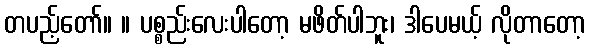
တပည့်တော်။ ။ ပစ္စည်းလေးပါတော့ မဖိတ်ပါဘူး၊ ဒါပေမယ့် လိုတာတော့